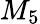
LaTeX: M_{5}